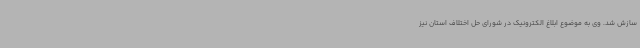
سازش شد. وی به موضوع ابلاغ الکترونیک در شورای حل اختلاف استان نیز